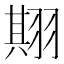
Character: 𱻛